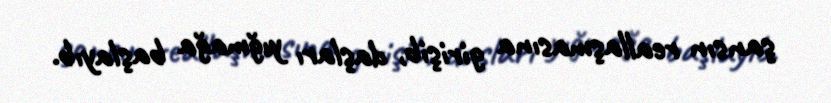
şansın reallaşmasına girişib, daşları yığmağa başlayıb.